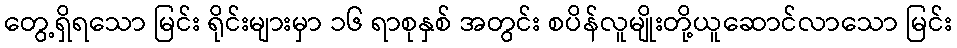
တွေ့ရှိရသော မြင်း ရိုင်းများမှာ ၁၆ ရာစုနှစ် အတွင်း စပိန်လူမျိုးတို့ယူဆောင်လာသော မြင်း